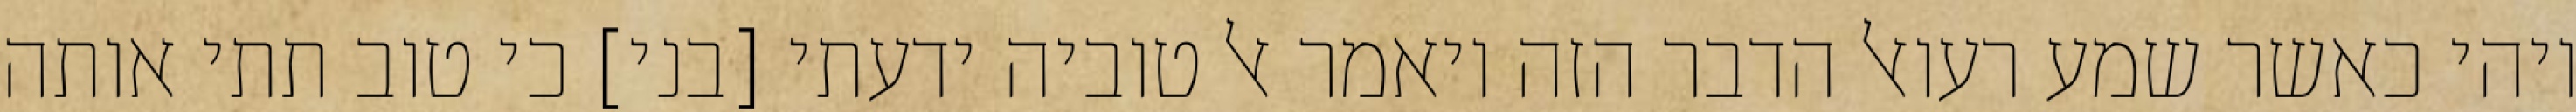
ויהי כאשר שמע רעואל הדבר הזה ויאמר אל טוביה ידעתי [בני] כי טוב תתי אותה